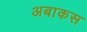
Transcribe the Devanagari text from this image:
अबाकस